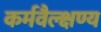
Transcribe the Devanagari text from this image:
कर्मवैल्क्षण्य